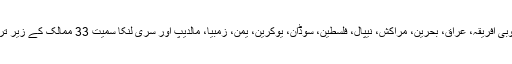
وفد میں افغانستان، جنوبی افریقہ، عراق، بحرین، مراکش، نیپال، فلسطین، سوڈان، یوکرین، یمن، زمبیا، مالدیپ اور سری لنکا سمیت 33 ممالک کے زیر تربیت سفیر شامل تھے۔